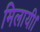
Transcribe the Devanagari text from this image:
मिलायी।